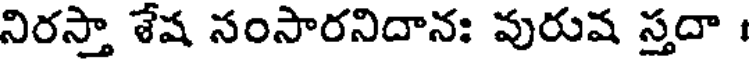
నిరస్తా శేష నంసారనిదానః వురుష స్తదా ।